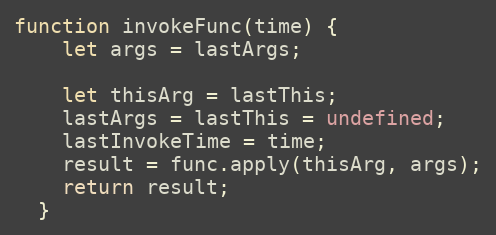
Language: JavaScript
function invokeFunc(time) {
    let args = lastArgs;

    let thisArg = lastThis;
    lastArgs = lastThis = undefined;
    lastInvokeTime = time;
    result = func.apply(thisArg, args);
    return result;
  }